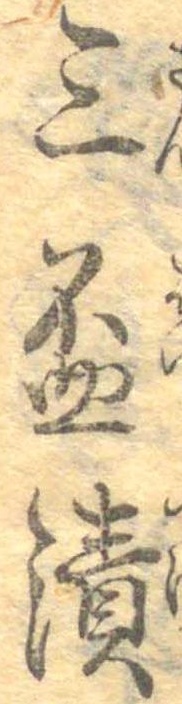
三杯漬